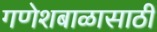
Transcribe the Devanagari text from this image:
गणेशबाळासाठी